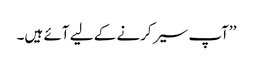
’’آپ سیر کرنے کے لیے آئے ہیں۔